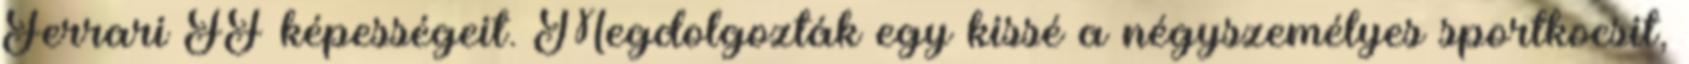
Ferrari FF képességeit. Megdolgozták egy kissé a négyszemélyes sportkocsit,